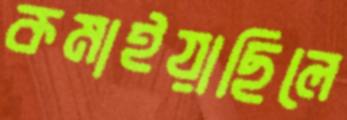
কমাইয়াছিলে